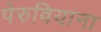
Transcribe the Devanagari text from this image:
पेरुवियाना